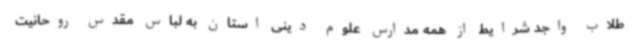
طلاب واجد شرایط از همه مدارس علوم دینی استان به لباس مقدس روحانیت